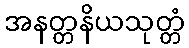
အနတ္တနိယသုတ္တံ